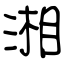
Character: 湘